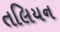
તલિયન